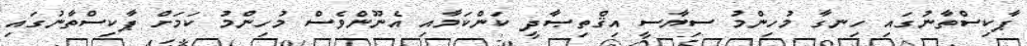
ޕާކިސްތާނުގައި ހިނގާ މުހިންމު ސިޔާސީ އިޤްތިޞާދީ ކަންކަމާއި އެނޫންވެސް މުހިންމު ކަމަށް ޕާކިސްތާނުގައި